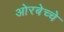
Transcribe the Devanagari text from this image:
ओरबेच्चे